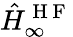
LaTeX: \hat{H}_{\infty}^{\mathrm{~H~F~}}